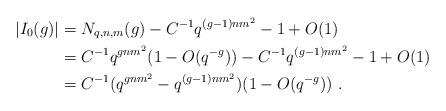
LaTeX: \begin{align*} |I_0(g)|&=N_{q,n,m}(g)-C^{-1}q^{(g-1)nm^2}-1+O(1)\\ &= C^{-1}q^{gnm^2}(1-O(q^{-g}))-C^{-1}q^{(g-1)nm^2}-1+O(1)\\ &= C^{-1}(q^{gnm^2}-q^{(g-1)nm^2})(1-O(q^{-g})) \ . \end{align*}